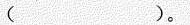
( )。